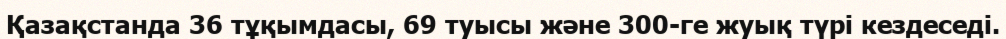
Қазақстанда 36 тұқымдасы, 69 туысы және 300-ге жуық түрі кездеседі.